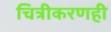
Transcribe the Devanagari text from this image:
चित्रीकरणही